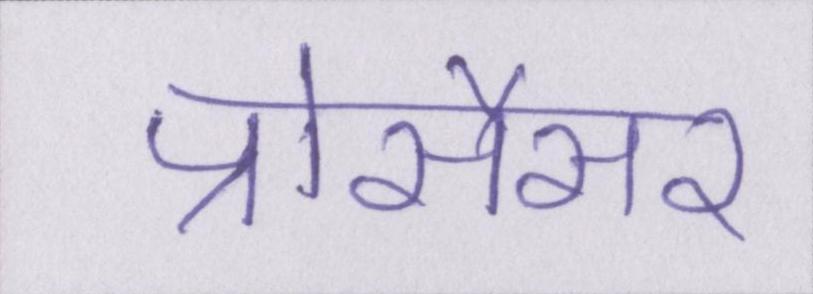
प्रोसैसर